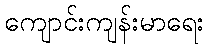
ကျောင်းကျန်းမာရေး